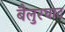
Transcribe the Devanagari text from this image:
बैलुरघाट